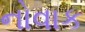
નોવાક